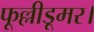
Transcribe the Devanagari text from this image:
फूल्लीडूमर।